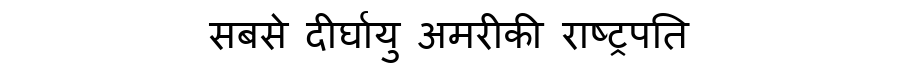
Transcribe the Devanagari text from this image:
सबसे दीर्घायु अमरीकी राष्ट्रपति